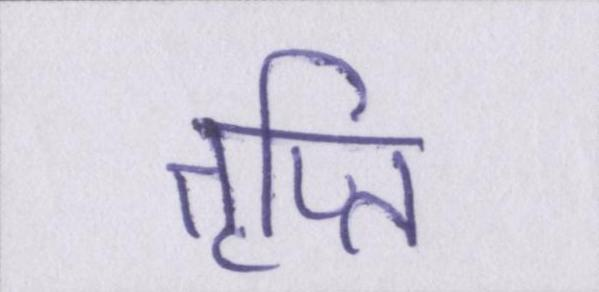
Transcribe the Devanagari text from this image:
तृप्ति